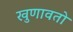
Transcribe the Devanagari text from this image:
खुणावतो